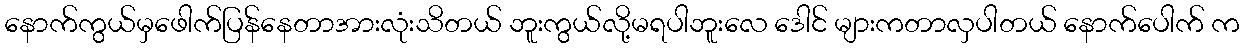
နောက်ကွယ်မှဖေါက်ပြန်နေတာအားလုံးသိတယ် ဘူးကွယ်လို့မရပါဘူးလေ ဒေါင် များကတာလှပါတယ် နောက်ပေါက် က